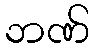
ဘဏ်